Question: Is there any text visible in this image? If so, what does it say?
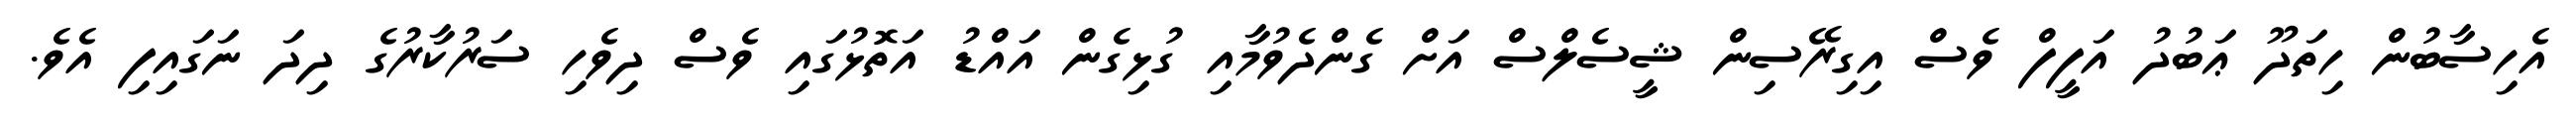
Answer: އެހިސާބުން ހިތަދޫ ޢަބުދު އަފީފް ވެސް އިގިރޭސިން ޝީސެލްސް އަށް ގެންދެވުމާއި ގުޅިގެން އައްޑު އަތޮޅުގައި ވެސް ދިވެހި ސަރުކާރުގެ ދިދަ ނަގައިފި އެވެ.